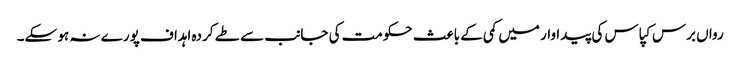
رواں برس کپاس کی پیداوار میں کمی کے باعث حکومت کی جانب سے طے کردہ اہداف پورے نہ ہو سکے۔